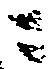
ニ